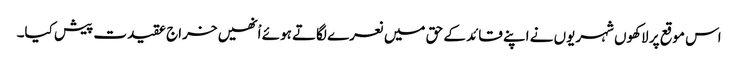
اس موقع پر لاکھوں شہریوں نے اپنے قائد کے حق میں نعرے لگاتے ہوئے اْنھیں خراج عقیدت پیش کیا۔